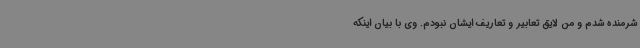
شرمنده شدم و من لایق تعابیر و تعاریف ایشان نبودم. وی با بیان اینکه